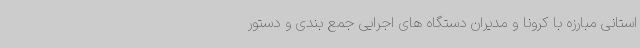
استانی مبارزه با کرونا و مدیران دستگاه های اجرایی جمع بندی و دستور